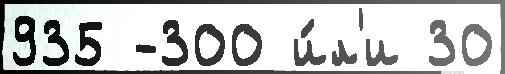
935 -300 и́л'и 30